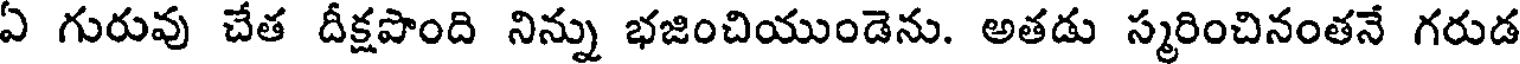
ఏ గురువు చేత దీక్షపొంది నిన్ను భజించియుండెను. అతడు స్మరించినంతనే గరుడ